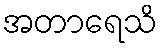
အတာရေသိ